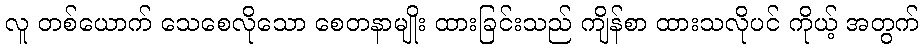
လူ တစ်ယောက် သေစေလိုသော စေတနာမျိုး ထားခြင်းသည် ကျိန်စာ ထားသလိုပင် ကိုယ့် အတွက်